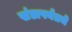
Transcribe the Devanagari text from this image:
खंडापर्यंतचे